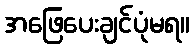
အဖြေပေးချင်ပုံမရ။